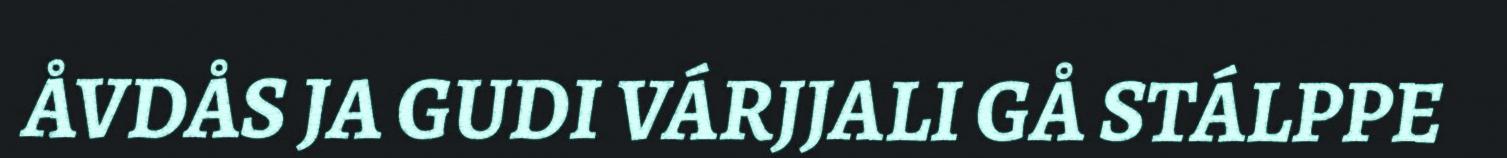
ÅVDÅS JA GUDI VÁRJJALI GÅ STÁLPPE